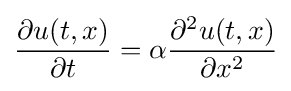
{\frac {\partial u(t,x)}{\partial t}}=\alpha {\frac {\partial ^{2}u(t,x)}{\partial x^{2}}}